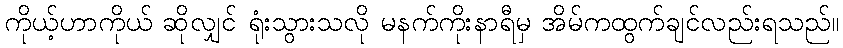
ကိုယ့်ဟာကိုယ် ဆိုလျှင် ရုံးသွားသလို မနက်ကိုးနာရီမှ အိမ်ကထွက်ချင်လည်းရသည်။